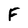
Character: F